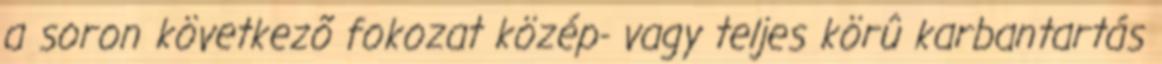
a soron következõ fokozat közép- vagy teljes körû karbantartás